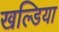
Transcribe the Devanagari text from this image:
खल्डिया